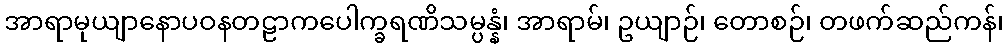
အာရာမုယျာနောပဝနတဠာကပေါက္ခရဏိသမ္ပန္နံ၊ အာရာမ်၊ ဥယျာဉ်၊ တောစဉ်၊ တဖက်ဆည်ကန်၊